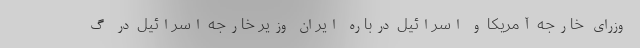
وزرای خارجه آمریکا و اسرائیل درباره ایران وزیر خارجه اسرائیل در گ